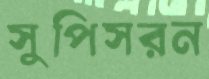
সুপিসরন